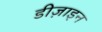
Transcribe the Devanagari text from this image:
डीज़ाइन